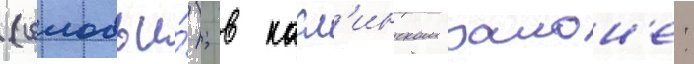
(соловьи́); в касл'инском раион'е: